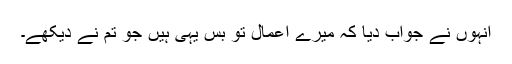
انہوں نے جواب دیا کہ میرے اعمال تو بس یہی ہیں جو تم نے دیکھے۔